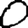
Digit: 0